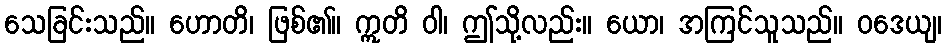
သေခြင်းသည်။ ဟောတိ၊ ဖြစ်၏။ ဣတိ ဝါ၊ ဤသို့လည်း။ ယော၊ အကြင်သူသည်။ ဝဒေယျ၊